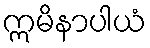
ဣမိနာပါယံ